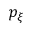
p _ { \xi }